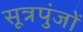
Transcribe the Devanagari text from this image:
सूत्रपुंजों